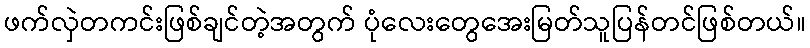
ဖက်လှဲတကင်းဖြစ်ချင်တဲ့အတွက် ပုံလေးတွေအေးမြတ်သူပြန်တင်ဖြစ်တယ်။